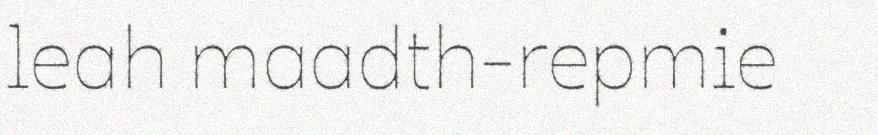
leah maadth-repmie